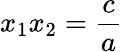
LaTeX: x_{1}x_{2}=\frac{c}{a}